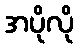
အပိုလို